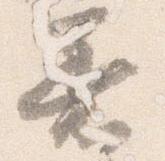
着